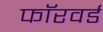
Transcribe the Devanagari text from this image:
फाॅरवर्ड